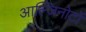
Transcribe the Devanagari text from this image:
आल्जिनोटों